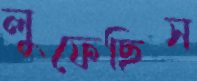
লুফেছিস